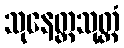
သုနေတ္တသုတ္တံ